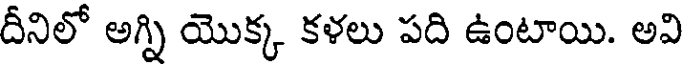
దీనిలో అగ్ని యొక్క కళలు పది ఉంటాయి. అవి